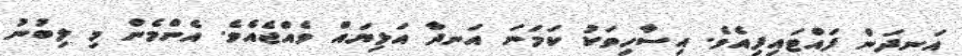
އަނދަން ފައްޓައިފިއެވެ. އިސާހިތަކު ކަމަނަ އަނދާ އަޅިޔައް ވެއްޖެއެވެ. އެންމެން މި ލިބުނު